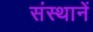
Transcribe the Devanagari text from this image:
संस्थानें